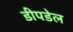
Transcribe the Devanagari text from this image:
डीपडेल